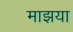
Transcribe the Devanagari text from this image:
माझया